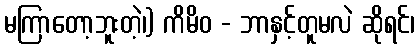
မကြာတော့ဘူးတဲ့၊) ကိမိဝ - ဘာနှင့်တူမလဲ ဆိုရင်၊